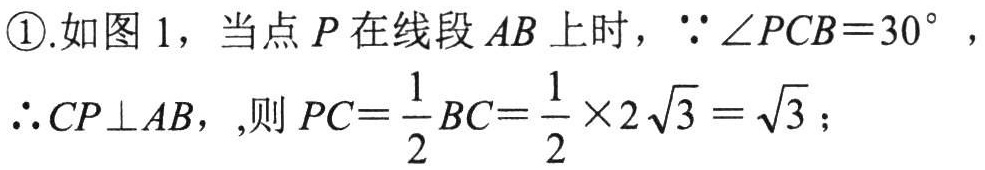
\textcircled{1}.如图 1，当点 \(P\) 在线段 \(AB\) 上时，\(\because\angle PCB = 30^{\circ}\)，
\(\therefore CP\perp AB\)，,则 \(PC=\dfrac{1}{2}BC=\dfrac{1}{2}\times2\sqrt{3}=\sqrt{3}\)；